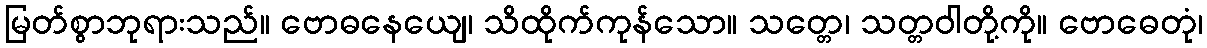
မြတ်စွာဘုရားသည်။ ဗောဓနေယျေ၊ သိထိုက်ကုန်သော။ သတ္တေ၊ သတ္တဝါတို့ကို။ ဗောဓေတုံ၊